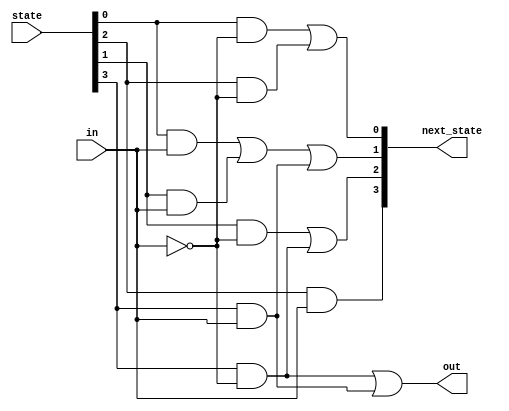
`timescale 1ns / 1ps
//////////////////////////////////////////////////////////////////////////////////
// Company: 
// Engineer: 
// 
// Design Name: 
// Module Name: des
// Project Name: 
// Target Devices: 
// Tool Versions: 
// Description: 
// 
// Dependencies: 
// 
// Revision:
// Revision 0.01 - File Created
// Additional Comments:
// 
//////////////////////////////////////////////////////////////////////////////////


module des(
    input in,
    input [3:0] state,
    output [3:0] next_state,
    output out);

    parameter A=0, B=1, C=2, D=3;

    assign next_state[A] = state[A] & (~in) | state[C] & (~in);
    assign next_state[B] = state[A] & (in) | state[B] & (in) | state[D] & (in);
    assign next_state[C] = state[B] & (~in) | state[D] & (~in);
    assign next_state[D] = state[C] & (in);

    assign out = state[D] & (~in) | state[D] & (in);

endmodule